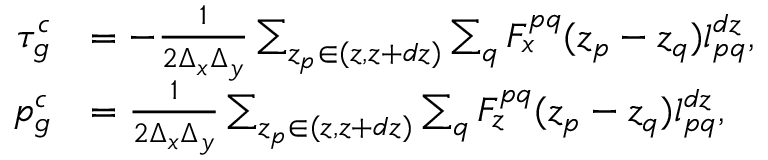
\begin{array} { r l } { \tau _ { g } ^ { c } } & { = - \frac { 1 } { 2 \Delta _ { x } \Delta _ { y } } \sum _ { z _ { p } \in ( z , z + d z ) } \sum _ { q } F _ { x } ^ { p q } ( z _ { p } - z _ { q } ) l _ { p q } ^ { d z } , } \\ { p _ { g } ^ { c } } & { = \frac { 1 } { 2 \Delta _ { x } \Delta _ { y } } \sum _ { z _ { p } \in ( z , z + d z ) } \sum _ { q } F _ { z } ^ { p q } ( z _ { p } - z _ { q } ) l _ { p q } ^ { d z } , } \end{array}